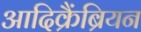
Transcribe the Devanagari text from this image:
आदिक्रैंब्रियन